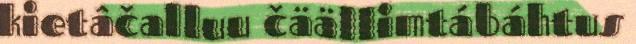
kietâčalluu čäällimtábáhtus